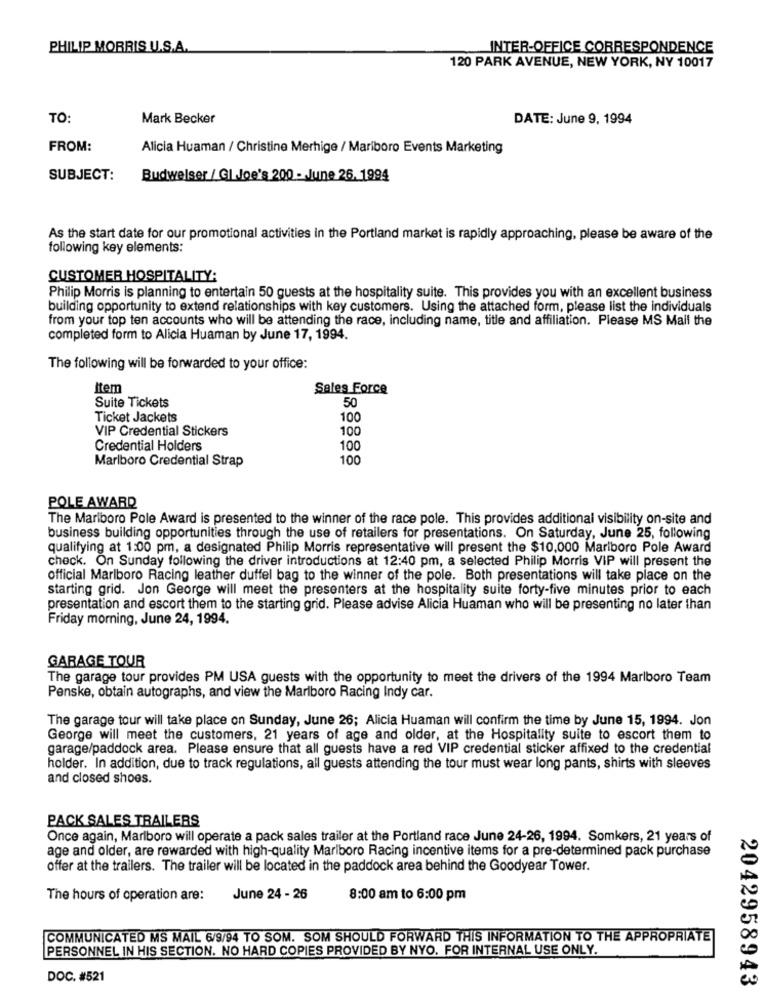
PHILIP MORRIS U.S.A.
INTER-OFFICE CORRESPONDENCE
120 PARK AVENUE, NEW YORK, NY 10017
TO:
Mark Becker
DATE: June 9, 1994
FROM:
Alicia Huaman / Christine Merhige / Mariboro Events Marketing
SUBJECT:
Budweiser / GI Joe's 200 - June 26. 1994
As the start date for our promotional activities in the Portland market is rapidly approaching, please be aware of the
following key elements:
CUSTOMER HOSPITALITY:
Philip Morris is planning to entertain 50 guests at the hospitality suite. This provides you with an excellent business
building opportunity to extend relationships with key customers. Using the attached form, please list the individuals
from your top ten accounts who will be attending the race, including name, title and affiliation. Please MS Mall the
completed form to Alicia Huaman by June 17, 1994.
The following will be forwarded to your office:
Item
Sales Force
Suite Tickets
50
Ticket Jackets
100
VIP Credential Stickers
100
Credential Holders
100
Marlboro Credential Strap
100
POLE AWARD
The Marlboro Pole Award is presented to the winner of the race pole. This provides additional visibility on-site and
business building opportunities through the use of retailers for presentations. On Saturday, June 25, following
qualifying at 1:00 pm, a designated Philip Morris representative will present the $10,000 Marlboro Pole Award
check. On Sunday following the driver introductions at 12:40 pm, a selected Philip Morris VIP will present the
official Marlboro Racing leather duffel bag to the winner of the pole. Both presentations will take place on the
starting grid. Jon George will meet the presenters at the hospitality suite forty-five minutes prior to each
presentation and escort them to the starting grid. Please advise Alicia Huaman who will be presenting no later than
Friday morning, June 24, 1994.
GARAGE TOUR
The garage tour provides PM USA guests with the opportunity to meet the drivers of the 1994 Marlboro Team
Penske, obtain autographs, and view the Marlboro Racing Indy car.
The garage tour will take place on Sunday, June 26; Alicia Huaman will confirm the time by June 15, 1994. Jon
George will meet the customers, 21 years of age and older, at the Hospitality suite to escort them to
garage/paddock area. Please ensure that all guests have a red VIP credential sticker affixed to the credential
holder. In addition, due to track regulations, all guests attending the tour must wear long pants, shirts with sleeves
and closed shoes.
PACK SALES TRAILERS
Once again, Marlboro will operate a pack sales trailer at the Portland race June 24-26, 1994. Somkers, 21 years of
age and older, are rewarded with high-quality Marlboro Racing incentive items for a pre-determined pack purchase
offer at the trailers. The trailer will be located in the paddock area behind the Goodyear Tower.
The hours of operation are:
June 24 - 26
8:00 am to 6:00 pm
COMMUNICATED MS MAIL 6/9/94 TO SOM. SOM SHOULD FORWARD THIS INFORMATION TO THE APPROPRIATE
PERSONNEL IN HIS SECTION. NO HARD COPIES PROVIDED BY NYO. FOR INTERNAL USE ONLY.
DOC. #521
2042958943